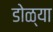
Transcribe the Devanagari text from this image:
डोळ्या